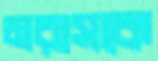
মরাসকে